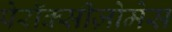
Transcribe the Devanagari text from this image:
पेरॉक्सीज़ोमेस